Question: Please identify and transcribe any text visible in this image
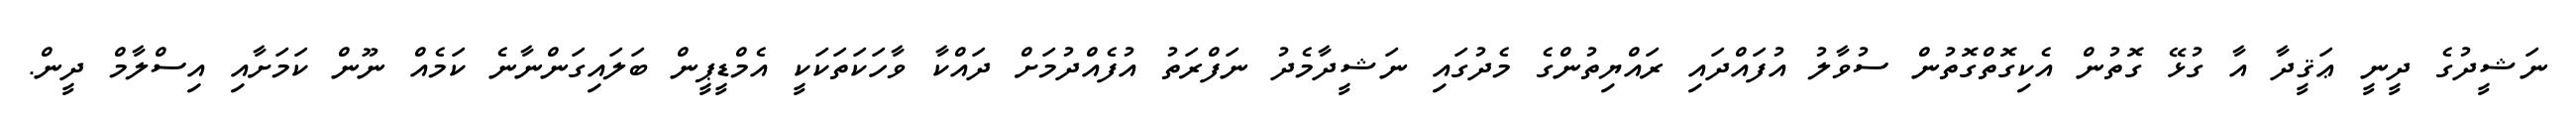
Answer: ނަޝީދުގެ ދީނީ ޢަޤީދާ އާ ގުޅޭ ގޮތުން އެކިގޮތްގޮތުން ސުވާލު އުފައްދައި ރައްޔިތުންގެ މެދުގައި ނަޝީދާމެދު ނަފްރަތު އުފެއްދުމަށް ދައްކާ ވާހަކަތަކަކީ އެމްޑީޕީން ބަލައިގަންނާނެ ކަމެއް ނޫން ކަމަށާއި އިސްލާމް ދީން.